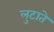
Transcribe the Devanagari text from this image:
लुटाते